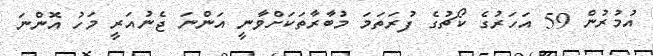
އުމުރުން 59 އަހަރުގެ ކޯޗުގެ ފުރަތަމަ މުބާރާތަކަށްވާނީ އަންނަ ޖެނުއަރީ މަހު އޮންނަ